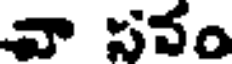
వా సనం